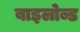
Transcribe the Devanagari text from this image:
बाइलोब्ड